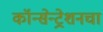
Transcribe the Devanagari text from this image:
कॉन्सेन्ट्रेशनचा